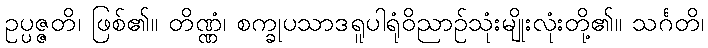
ဥပ္ပဇ္ဇတိ၊ ဖြစ်၏။ တိဏ္ဏံ၊ စက္ခုပသာဒရူပါရုံဝိညာဉ်သုံးမျိုးလုံးတို့၏။ သင်္ဂတိ၊